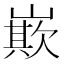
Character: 㠌